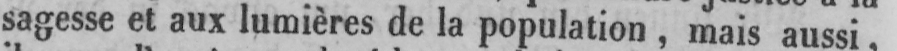
sagesse et aux lumières de la population, mais aussi,